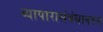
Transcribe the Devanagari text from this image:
व्यापारासंबंधावरुन